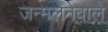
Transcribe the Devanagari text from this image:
जन्मलेनेवाले